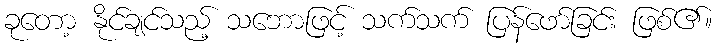
ခုတော့ နိုင်ချင်သည့် သဘောဖြင့် သက်သက် ပြန်ဖော်ခြင်း ဖြစ်၏။